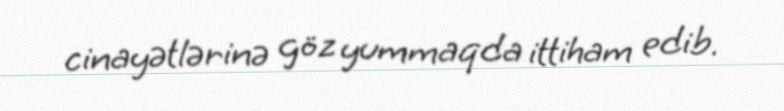
cinayətlərinə göz yummaqda ittiham edib.